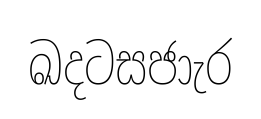
ඛදටසජාැර